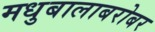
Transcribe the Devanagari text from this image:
मधुबालाबरोबर